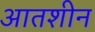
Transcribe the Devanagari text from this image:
आतशीन